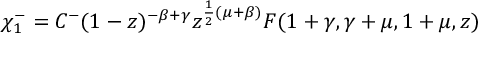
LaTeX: \chi _ { 1 } ^ { - } = C ^ { - } ( 1 - z ) ^ { - \beta + \gamma } z ^ { \frac { 1 } { 2 } ( \mu + \beta ) } F ( 1 + \gamma , \gamma + \mu , 1 + \mu , z )